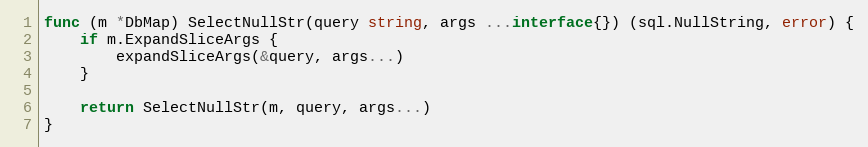
Language: Go
func (m *DbMap) SelectNullStr(query string, args ...interface{}) (sql.NullString, error) {
	if m.ExpandSliceArgs {
		expandSliceArgs(&query, args...)
	}

	return SelectNullStr(m, query, args...)
}